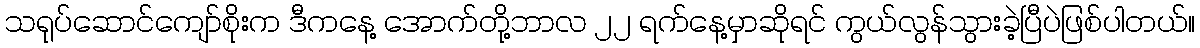
သရုပ်ဆောင်ကျော်စိုးက ဒီကနေ့ အောက်တို့ဘာလ ၂၂ ရက်နေ့မှာဆိုရင် ကွယ်လွန်သွားခဲ့ပြီပဲဖြစ်ပါတယ်။